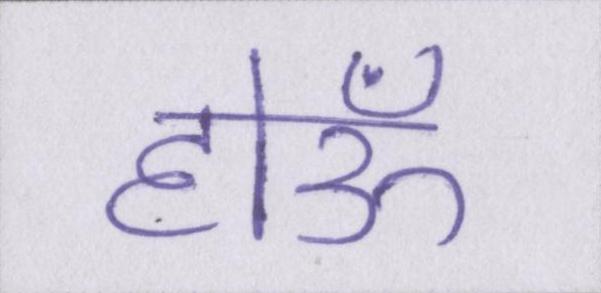
होऊँ